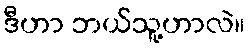
ဒီဟာ ဘယ်သူ့ဟာလဲ။